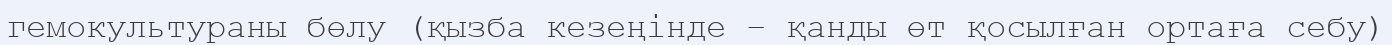
гемокультураны бөлу (қызба кезеңінде – қанды өт қосылған ортаға себу)